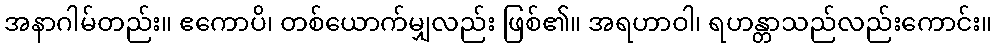
အနာဂါမ်တည်း။ ဧကောပိ၊ တစ်ယောက်မျှလည်း ဖြစ်၏။ အရဟာဝါ၊ ရဟန္တာသည်လည်းကောင်း။